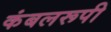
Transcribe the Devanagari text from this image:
कंबलरूपी